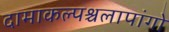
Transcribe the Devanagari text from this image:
दामाकल्पश्चलापांगो